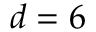
d = 6